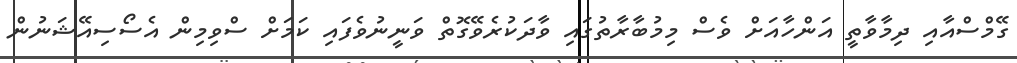
ގޭމްސްއާއި ދިމާވާތީ އަންހާއަށް ވެސް މިމުބާރާތުގައި ވާދަކުރެވޭގޮތް ވަނީނުވެފައި ކަމަށް ސްވިމިން އެސޯސިއޭޝަނުން